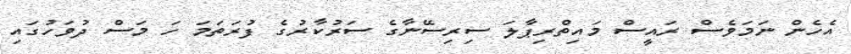
އެހެން ނަމަވެސް ރައީސް މައިތްރިޕާލަ ސިރިސޭނާގެ ސަރުކާރުގެ ފުރަތަމަ ހަ މަސް ދުވަހުގައި